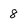
Character: 8